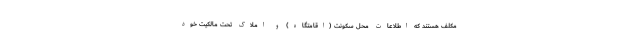
مکلف هستند که اطلاعات محل سکونت (اقامتگاه) و املاک تحت مالکیت خود